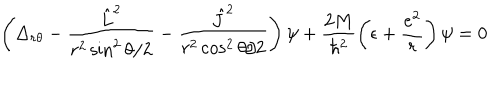
\left( \Delta _ { r \theta } - \frac { { \hat { L } } ^ { 2 } } { r ^ { 2 } \sin ^ { 2 } \theta / 2 } - \frac { { \hat { J } } ^ { 2 } } { r ^ { 2 } \cos ^ { 2 } \theta / 2 } \right) \psi + \frac { 2 M } { \hbar ^ { 2 } } \left( \epsilon + \frac { e ^ { 2 } } { r } \right) \psi = 0